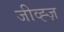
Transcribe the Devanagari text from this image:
जीव्ह्ज़